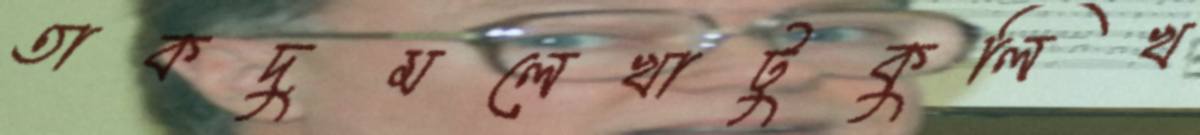
তাকদুমলেখাটুকুলিখ